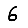
Digit: 6